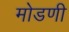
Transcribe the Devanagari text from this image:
मोडणी